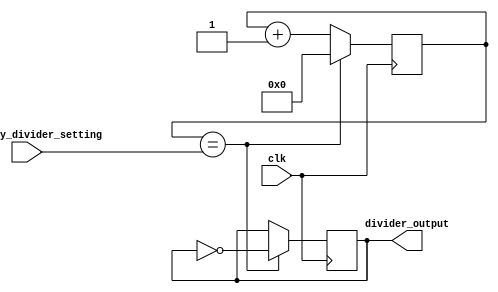
module Frequency_Synthesizer_Clock_Divider (
    input clk,
    input [7:0] frequency_divider_setting,
    output reg divider_output
);

reg [7:0] count = 8'b0;

always @(posedge clk) begin
    if (count == frequency_divider_setting) begin
        divider_output <= ~divider_output;
        count <= 8'b0;
    end else begin
        count <= count + 1;
    end
end

endmodule